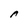
Character: A